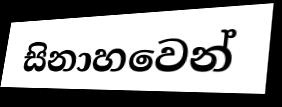
සිනාහවෙන්